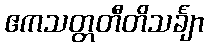
ဧကသတ္တတီတိသင်္ချာ